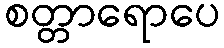
စတ္တာရောပေ